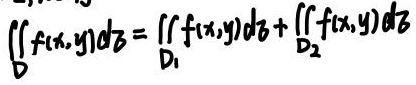
\[ \iint_{D} f(x,y)d\sigma = \iint_{D_1} f(x,y)d\sigma + \iint_{D_2} f(x,y)d\sigma \]